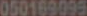
050169099